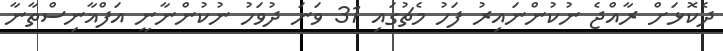
ދެކޮޅަށް ރާއްޖެ ނުކުންނައިރު ފަހު މެޗުގައި 31 ވަނަ ދުވަހު ނުކުންނާނީ އަފްޣާނިސްތާނާ